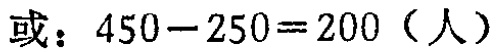
或：\(450 - 250 = 200\)（人）